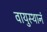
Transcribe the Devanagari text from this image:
वायुस्थानं